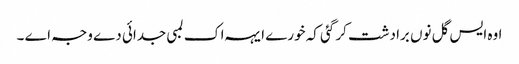
اوہ ایس گل نوں برادشت کر گئی کہ خورے ایہہ اک لمبی جدائی دے وجہ اے ۔